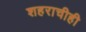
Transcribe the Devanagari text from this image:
शहराचीही